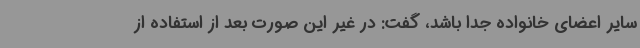
سایر اعضای خانواده جدا باشد، گفت: در غیر این صورت بعد از استفاده از